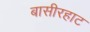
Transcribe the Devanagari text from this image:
बासीरहाट